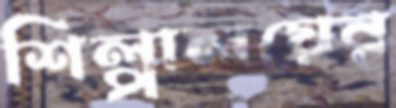
শিল্পালয়ের